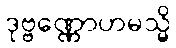
ဒုဗ္ဗဏ္ဏောဟမသ္မိ